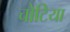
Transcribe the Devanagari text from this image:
चोटिया